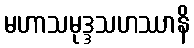
မဟာသမုဒ္ဒသဟဿာနိ